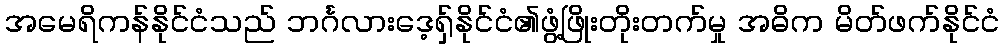
အမေရိကန်နိုင်ငံသည် ဘင်္ဂလားဒေ့ရှ်နိုင်ငံ၏ဖွံ့ဖြိုးတိုးတက်မှု အဓိက မိတ်ဖက်နိုင်ငံ